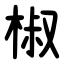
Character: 椒